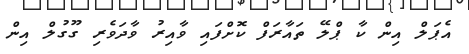
އެޕަލް އިން ކާ ޕްލޭ ތައާރަފް ކޮށްފައި ވާއިރު ވާދަވެރި ގޫގުލް އިން